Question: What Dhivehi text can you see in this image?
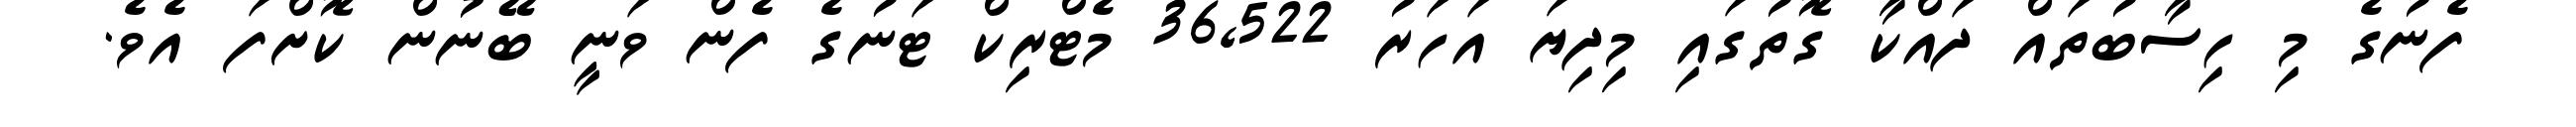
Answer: ފެނުގެ މި ހިސާބުތައް ދައްކާ ގޮތުގައި މިދިޔަ އަހަރު 36,522 މެޓްރިކް ޓަނުގެ ފެން ވަނީ ބޭނުން ކޮށްފަ އެވެ.